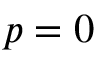
p = 0